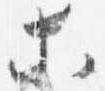
等